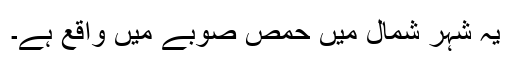
یہ شہر شمال میں حمص صوبے میں واقع ہے۔